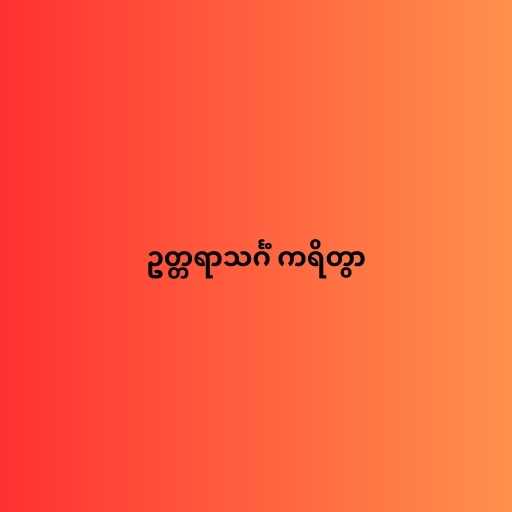
ဥတ္တရာသင်္ဂံ ကရိတွာ